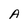
Character: A